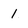
Character: 1